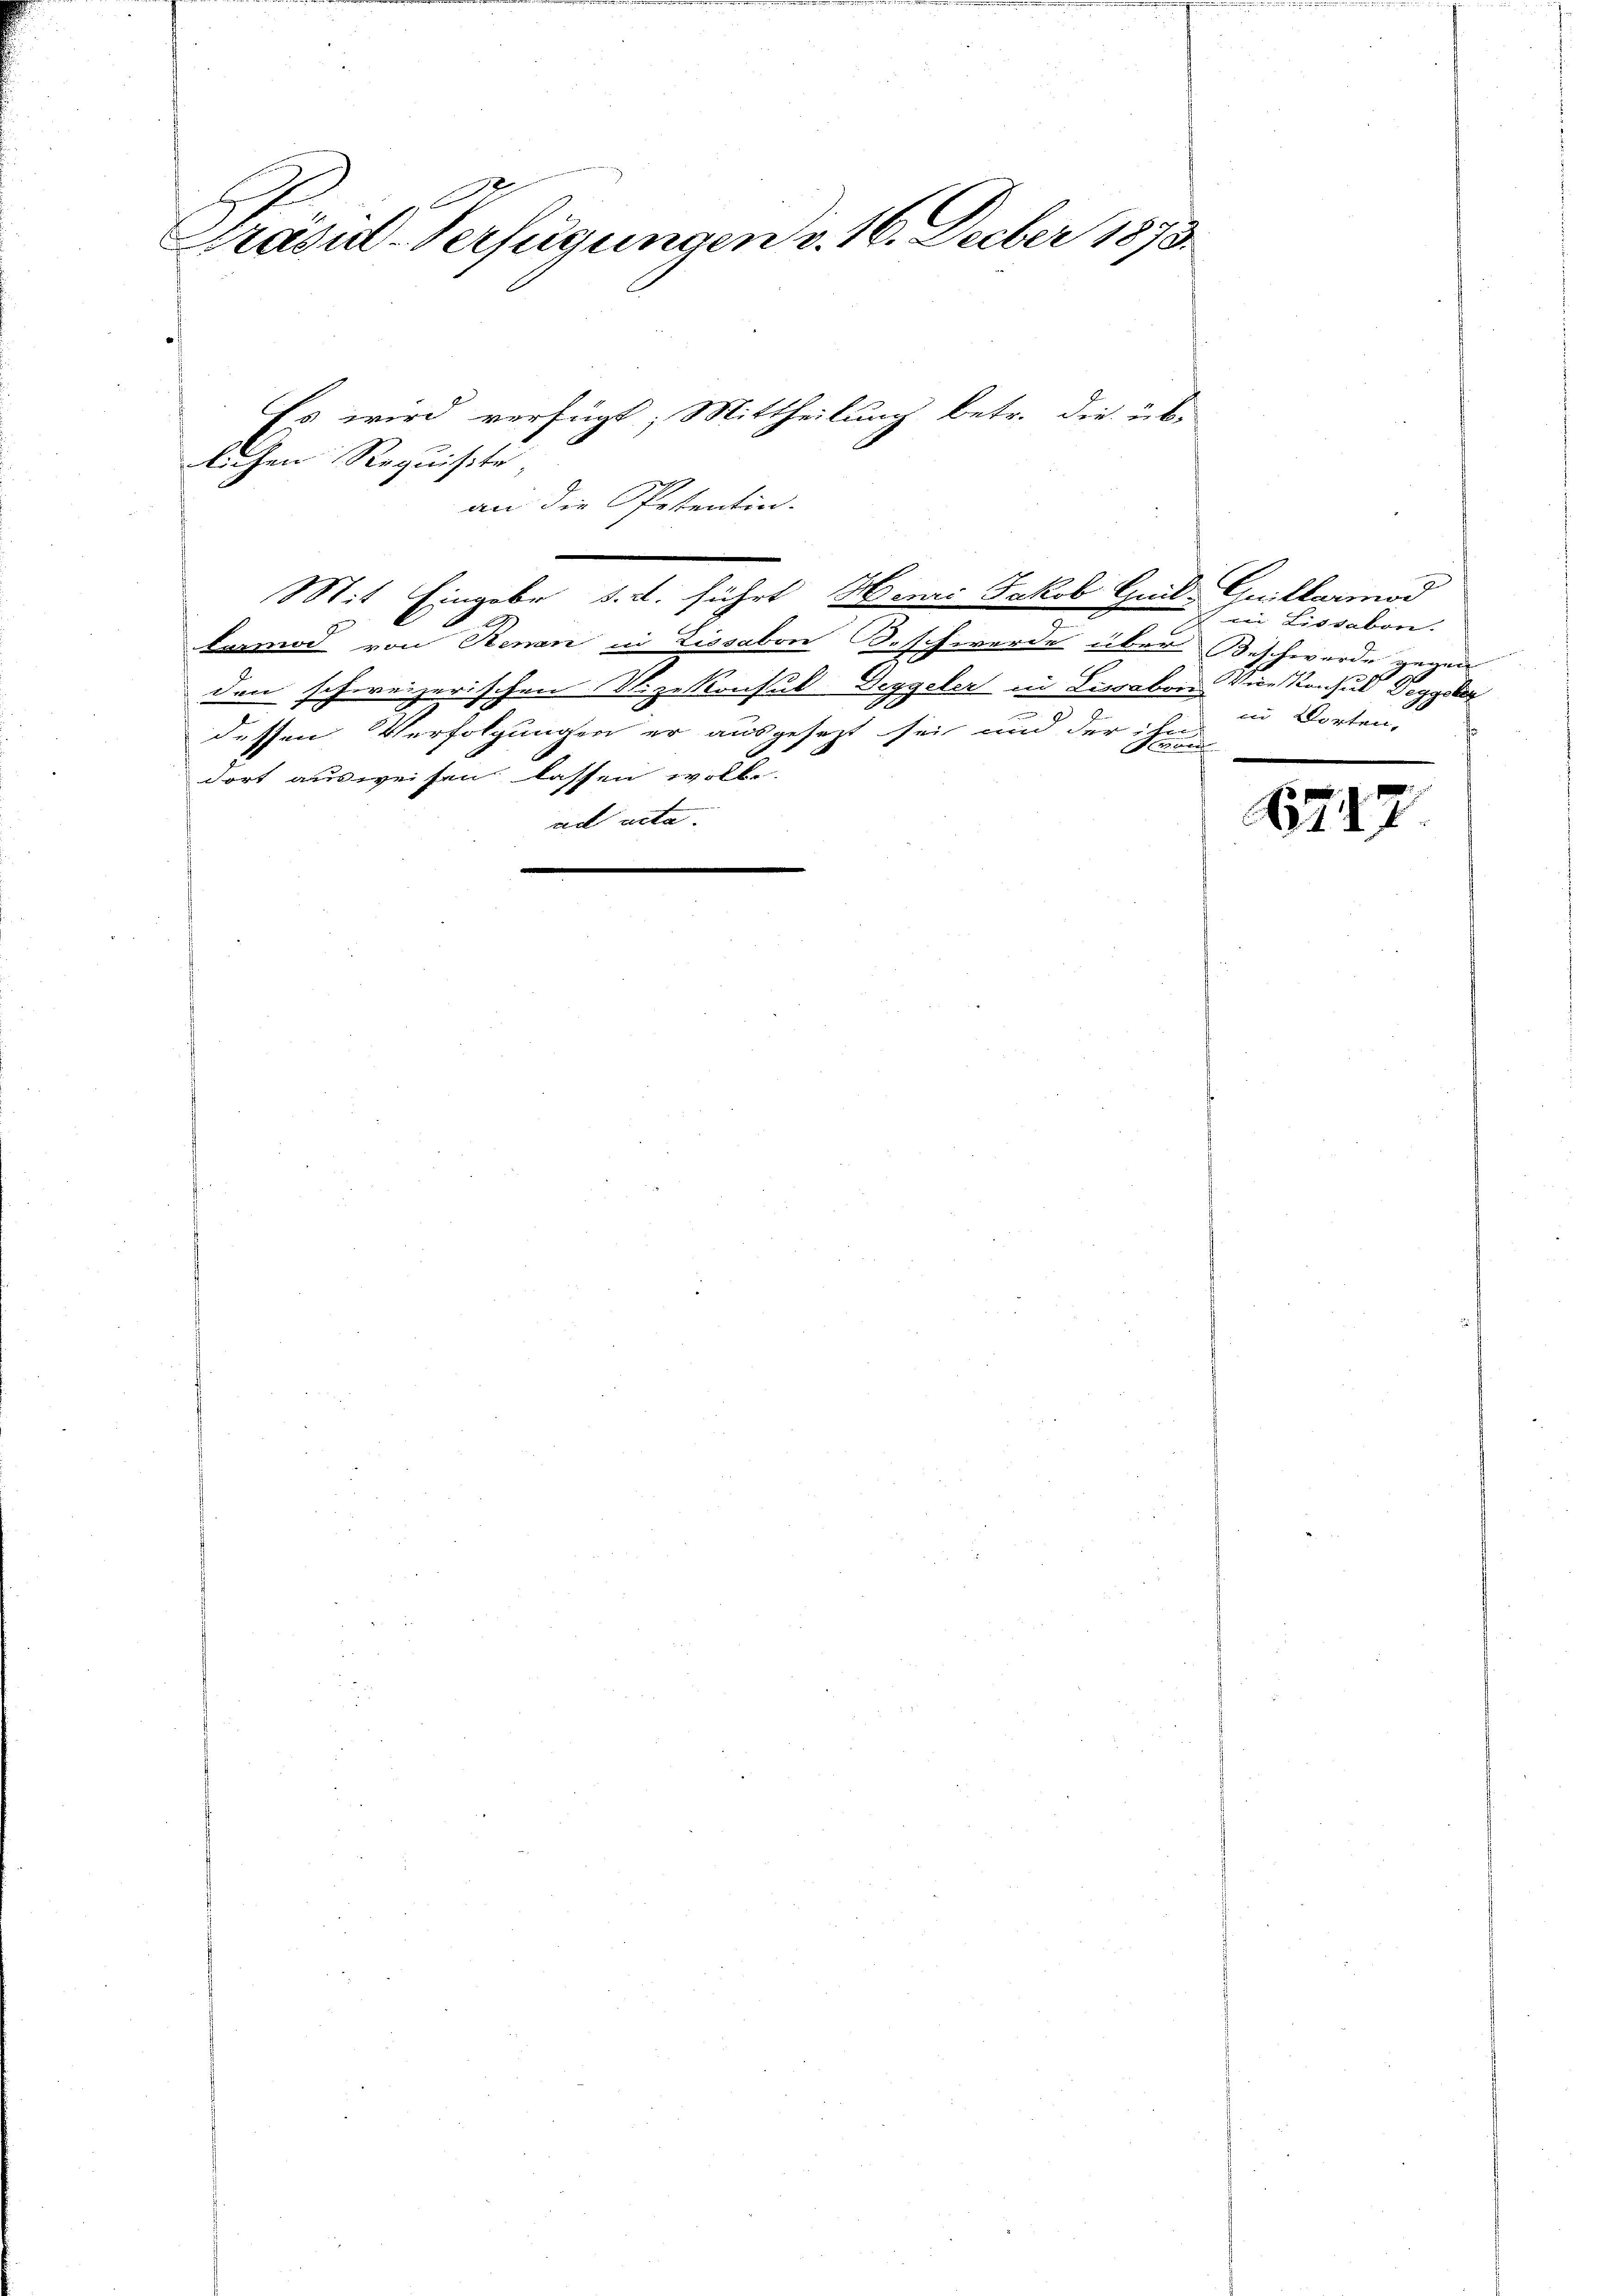
Präsul-Verfügungen v. 16. Feber 1873.
Es wird verfügt: Mittheilung betr. die üb-
lichen Requisite,

an die Petentin-
Mit Eingebe, d. d. führt Henri Jakob Guil-Quillarmod
lamod von Stenan in Lissabon Beschwerde über Beschwerde gegen
den schweizerischen St. zu konsul-Geggeler in Lisabon Vicekonsul Deggsber
5
x
dessen Verfolgungen er ausgesezt sei und der ihn in Worten,
Frauen
dort ausweisen lassen wolle.
ad acta.

in Lissabon.
0

1747